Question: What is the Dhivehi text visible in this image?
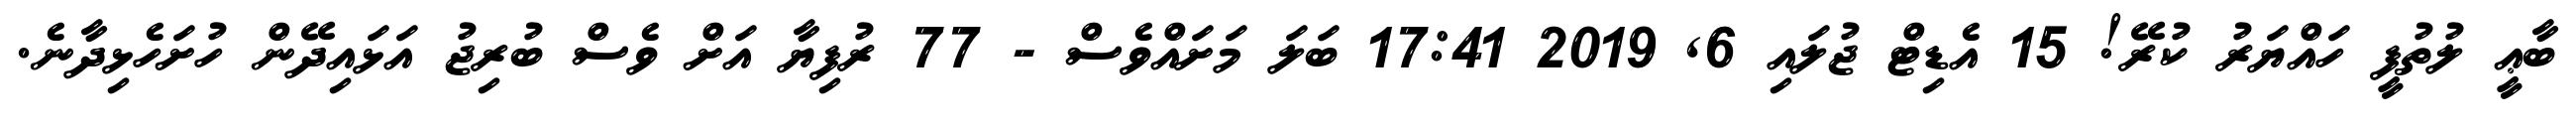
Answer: ބާޢީ ލުތުފީ ހައްޔަރު ކުރޭ! 15 އެޑިޓް ޖުލައި 6, 2019 17:41 ބަލަ މަށައްވެސް - 77 ރުފިޔާ އަށް ވެސް ބުރިޖު އަޅައިދޭން ހުށަހެޅިދާނެ.